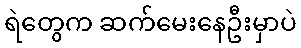
ရဲတွေက ဆက်မေးနေဦးမှာပဲ